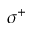
\sigma ^ { + }